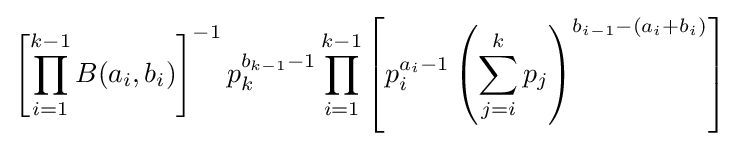
\left[\prod _{i=1}^{k-1}B(a_{i},b_{i})\right]^{-1}p_{k}^{b_{k-1}-1}\prod _{i=1}^{k-1}\left[p_{i}^{a_{i}-1}\left(\sum _{j=i}^{k}p_{j}\right)^{b_{i-1}-(a_{i}+b_{i})}\right]